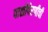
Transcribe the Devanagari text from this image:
पाळीपेरणीची